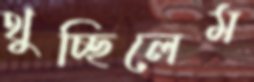
থুচ্ছিলেম